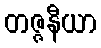
တဇ္ဇနီယာ